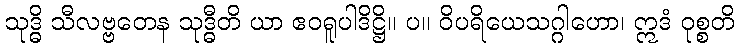
သုဒ္ဓိ သီလဗ္ဗတေန သုဒ္ဓီတိ ယာ ဧဝရူပါဒိဋ္ဌိ။ ပ။ ဝိပရိယေသဂ္ဂါဟော၊ ဣဒံ ဝုစ္စတိ